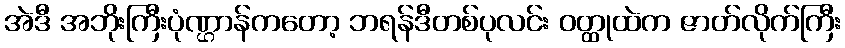
အဲဒီ အဘိုးကြီးပုံဏ္ဌာန်ကတော့ ဘရန်ဒီတစ်ပုလင်း ဝတ္ထုထဲက ဇာတ်လိုက်ကြီး